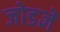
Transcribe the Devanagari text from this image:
जोडज्ञे